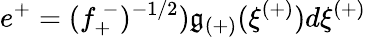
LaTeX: e^{+}=(f_{+}^{~-})^{-1/2})\mathfrak{g}_{(+)}(\xi^{(+)})d\xi^{(+)}